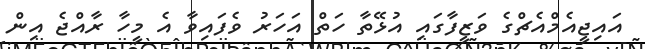
އައިޖީއެމްއެޗްގެ ވަޒީފާގައި އުޅޭތާ ހަތް އަހަރު ވެފައިވާ އެ މީހާ ރާއްޖެ އިން